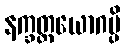
နက္ခတ္တယောဂမ္ပိ